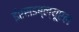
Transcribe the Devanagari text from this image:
ईएसडब्ल्यूएल